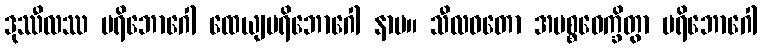
ဒုဿီလဿ ပရိဘောဂေါ ထေယျပရိဘောဂေါ နာမ။ သီလဝတော အပစ္စဝေက္ခိတွာ ပရိဘောဂေါ